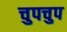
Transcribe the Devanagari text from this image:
चुपचुप